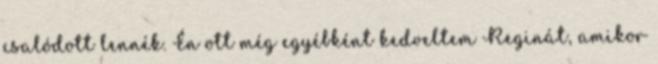
csalódott lennék. Én ott még egyébként kedveltem Reginát, amikor